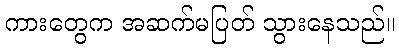
ကားတွေက အဆက်မပြတ် သွားနေသည်။